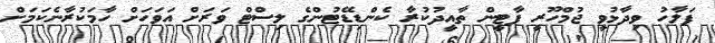
ފަލާހު ވިދާޅުވީ ޖުމްހޫރީ ޕާޓީން ތާއީދުުކުރާ ކެންޑިޑޭޓުންގެ ލިސްޓް ވަރަށް އަވަހަށް ހާމަކުރާނެކަމަށް